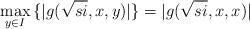
LaTeX: \begin{align*}\max_{y \in I}{\{|g(\sqrt{s i},x,y)|\}} = |g(\sqrt{s i},x,x)|\end{align*}